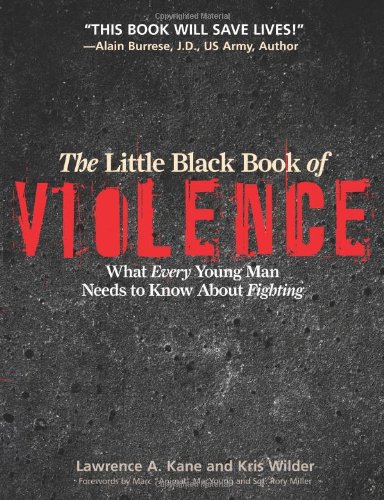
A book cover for The Little Black Book of Violence: What Every Young Man Needs to Know About Fighting; Lawrence A. Kane; Politics & Social Sciences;